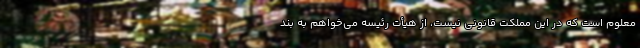
معلوم است که در این مملکت قانونی نیست، از هیأت رئیسه می‌خواهم به بند